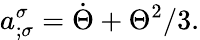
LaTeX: a_{;\sigma}^{\sigma}=\dot{\Theta}+\Theta^{2}/3.